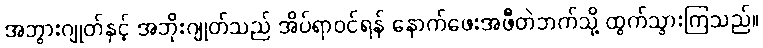
အဘွားဂျုတ်နှင့် အဘိုးဂျုတ်သည် အိပ်ရာဝင်ရန် နောက်ဖေးအဖီတဲဘက်သို့ ထွက်သွားကြသည်။